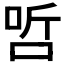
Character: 𠳇